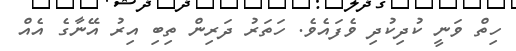
ހިތް ވަނީ ކުދިކުދި ވެފައެވެ. ހަތަރު ދަރިން ތިބި އިރު އޭނާގެ އެއް